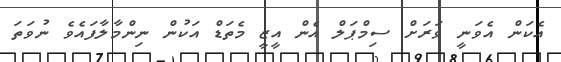
އެކަން އެވަނީ ވަރަށް ސިމްޕަލް އެން އީޒީ މެތަޑް އަކުން ނިންމާލާފައެވެ ނުވަތަ